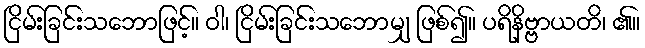
ငြိမ်းခြင်းသဘောဖြင့်။ ဝါ၊ ငြိမ်းခြင်းသဘောမျှ ဖြစ်၍။ ပရိနိဗ္ဗာယတိ၊ ၏။